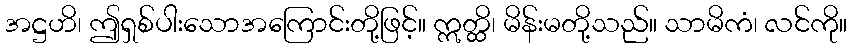
အဋ္ဌဟိ၊ ဤရှစ်ပါးသောအကြောင်းတို့ဖြင့်။ ဣတ္ထိ၊ မိန်းမတို့သည်။ သာမိကံ၊ လင်ကို။